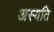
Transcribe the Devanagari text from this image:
अस्यति